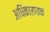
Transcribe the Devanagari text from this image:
अधिकारपत्रक